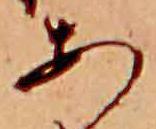
あ